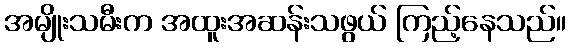
အမျိုးသမီးက အထူးအဆန်းသဖွယ် ကြည့်နေသည်။